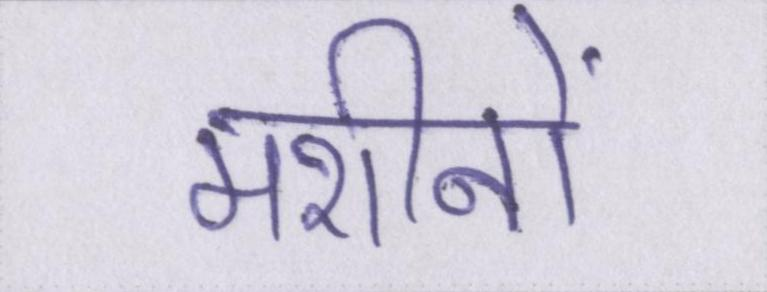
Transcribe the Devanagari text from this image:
मशीनों